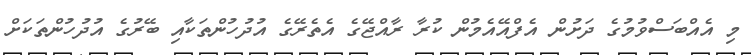
މި އެއްބަސްވުމުގެ ދަށުން އެފްއޭއެމުން ކުރާ ރާއްޖޭގެ އެތެރޭގެ އުދުހުންތަކާއި ބޭރުގެ އުދުހުންތަކަށް